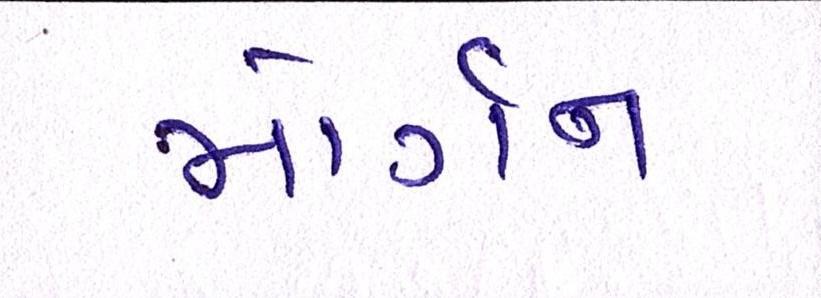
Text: મોર્ગન